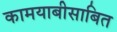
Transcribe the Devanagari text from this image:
कामयाबीसाबित